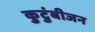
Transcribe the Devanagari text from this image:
कुटुंबीजन